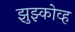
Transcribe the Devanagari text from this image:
झुझ्कोव्ह